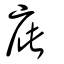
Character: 庛